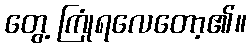
တွေ့ ကြုံရလေတော့၏။